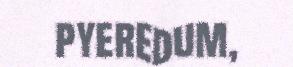
pyeredum,